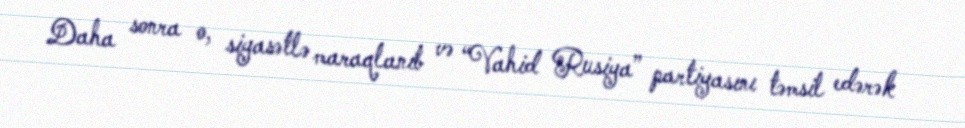
Daha sonra o, siyasətlə maraqlanıb və “Vahid Rusiya” partiyasını təmsil edərək